Rakvere_kinnistusamet, lk 25
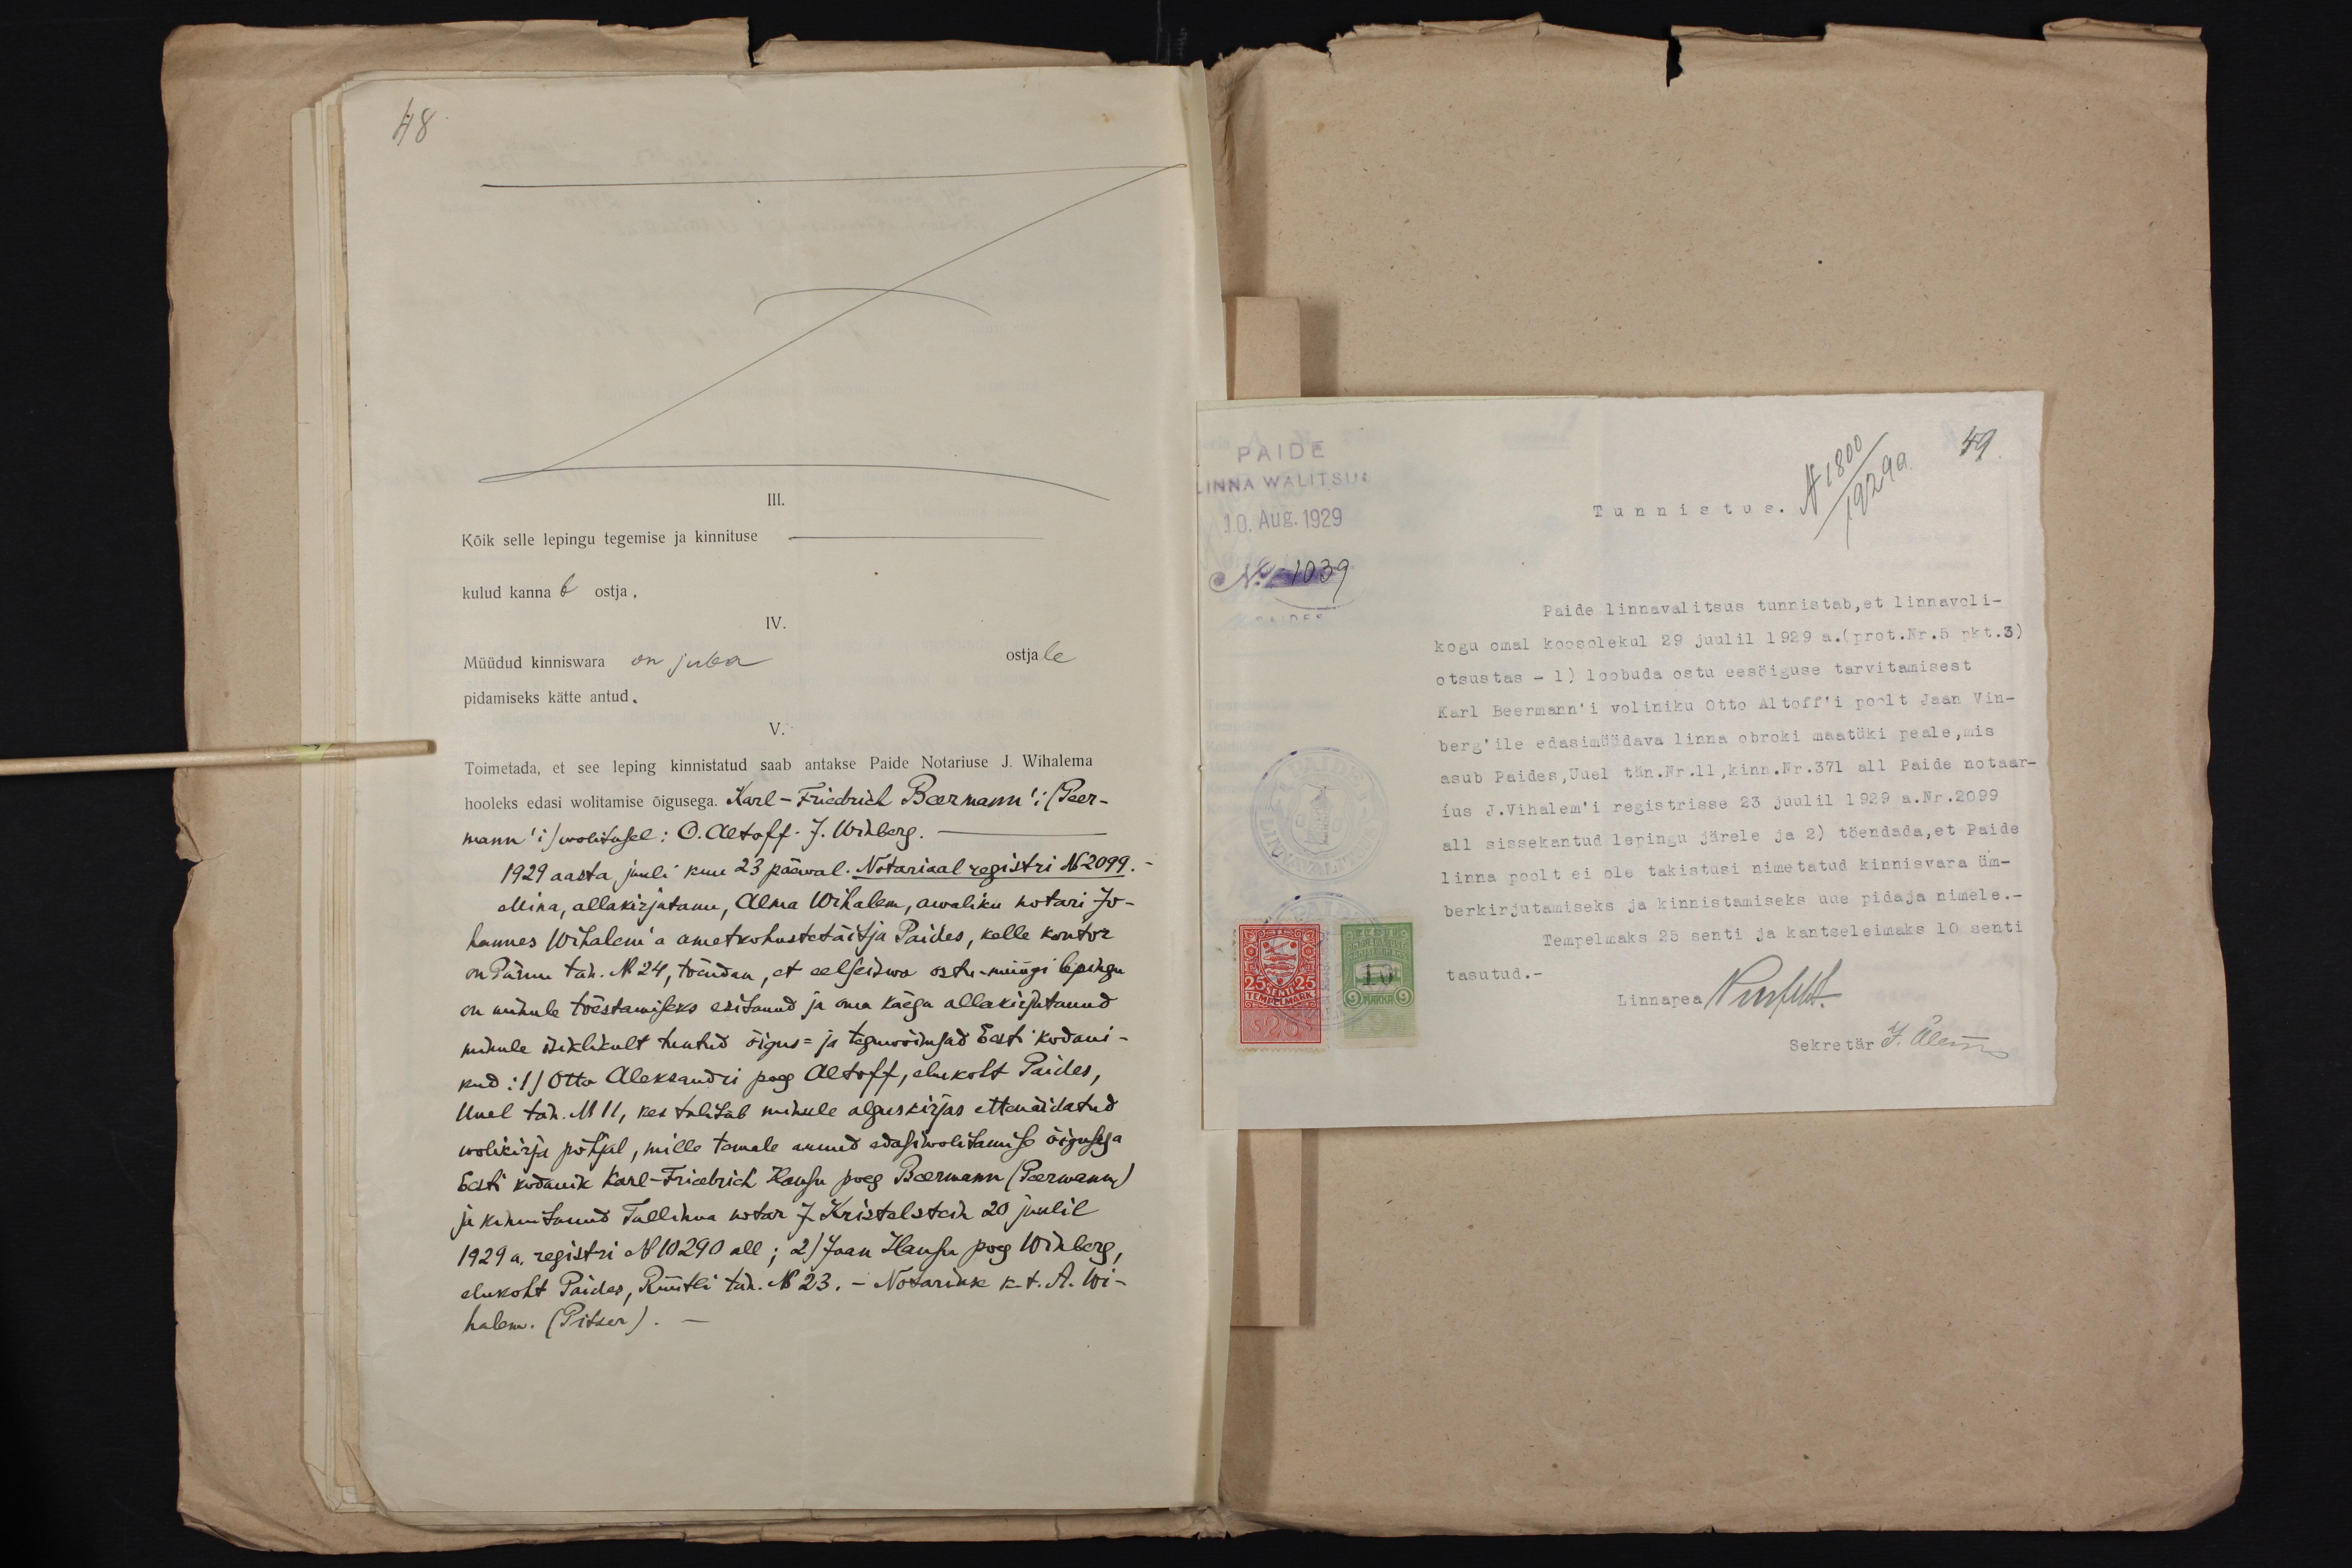
48
III.
Kõik selle lepingu tegemise ja kinnituse
kulud kannab ostja,
IV.
Müüdud kinniswara on juba
ostjale
pidamiseks kätte antud.
V.
Toimetada, et see leping kinnistatud saab antakse Paide Notariuse J. Wihalema
hooleks edasi wolitamise õigusega. Karl - Friedrich Beermann! (Peer-
mann'i) wolitusel: O. Altoff. J. Winberg.
1929 aasta, juuli kuu 23 päewal. Notariaal registri No 2099.-
Mina, allakirjutanu, Alma Wihalem, awaliku notari Jo-
hannes Wihalem`a ametkohustetäitja Paides, kelle kontor
on Pärnu tän. No 24, tõendan, et eelseiswa ostu-müügi lepingu
on minule tõestamiseks esitanud ja oma käega allakirjutanud
minule isiklikult teatud õigus- ja teguwõimsad Eesti kodani-
kud: 1) Otto Aleksandri poeg Altoff, elukoht Paides,
Uuel tän. N11, kes tõendab minule alguskirjas ettenäidatud
wolikirja põhjal, mille temale annud edasi wolitamise õigusega
Eesti kodanik Karl - Friedrich Hansu poeg Beermann (Peermann)
ja kinnitanud Tallinna notar J. Kristelstein 20 juulil
1929 a. registri N 102910 all; 2) Jaan Hansu poeg Winberg,
elukoht Paidas, Rüütli tän. N 23. - Notariuse k. t. A. Wi-
halem. (Pitser).

PAIDE
49
Linna walitsus
10. Aug. 1929
Tunnistus
No 1039.
PAIDES
Paide linnavalitsus tunnistab, et linnavoli-
kogu omal koosolekul 29 juulil 1929 a. (prot.Nr.5 pkt.3)
otsustas - 1) loobuda ostu eesöiguse tarvitamisest
Karl Beermann'i voliniku Otto Altoff'i poolt Jaan Vin-
berg'ile edasimüüdava linna obroki maatüki peale, mis
asub Paides, Uuel tän.Nr.11, kinn. Nr.371 all Paide notaar-
ius J.Vihalem'i registrisse 23 juulil 1929 a.Nr.2099
all sissekantud lepingu järele ja 2) töendada,et Paide
linna poolt ei ole takistusi nimetatud kinnisvara üm-
berkirjutamiseks ja kinnistamiseks uue pidaja nimele.-
Tempelmaks 25 senti ja kantseleimaks 10 senti
tasutud. -
Linnapea Perfelt.
Sekretär J. Olem